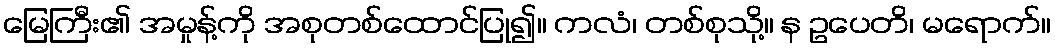
မြေကြီး၏ အမှုန့်ကို အစုတစ်ထောင်ပြု၍။ ကလံ၊ တစ်စုသို့။ န ဥပေတိ၊ မရောက်။